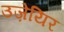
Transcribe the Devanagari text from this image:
उज़ेयिर